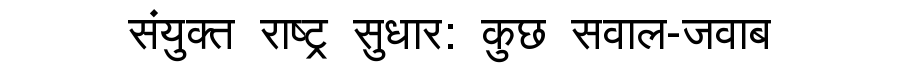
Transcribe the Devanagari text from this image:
संयुक्त राष्ट्र सुधार: कुछ सवाल-जवाब